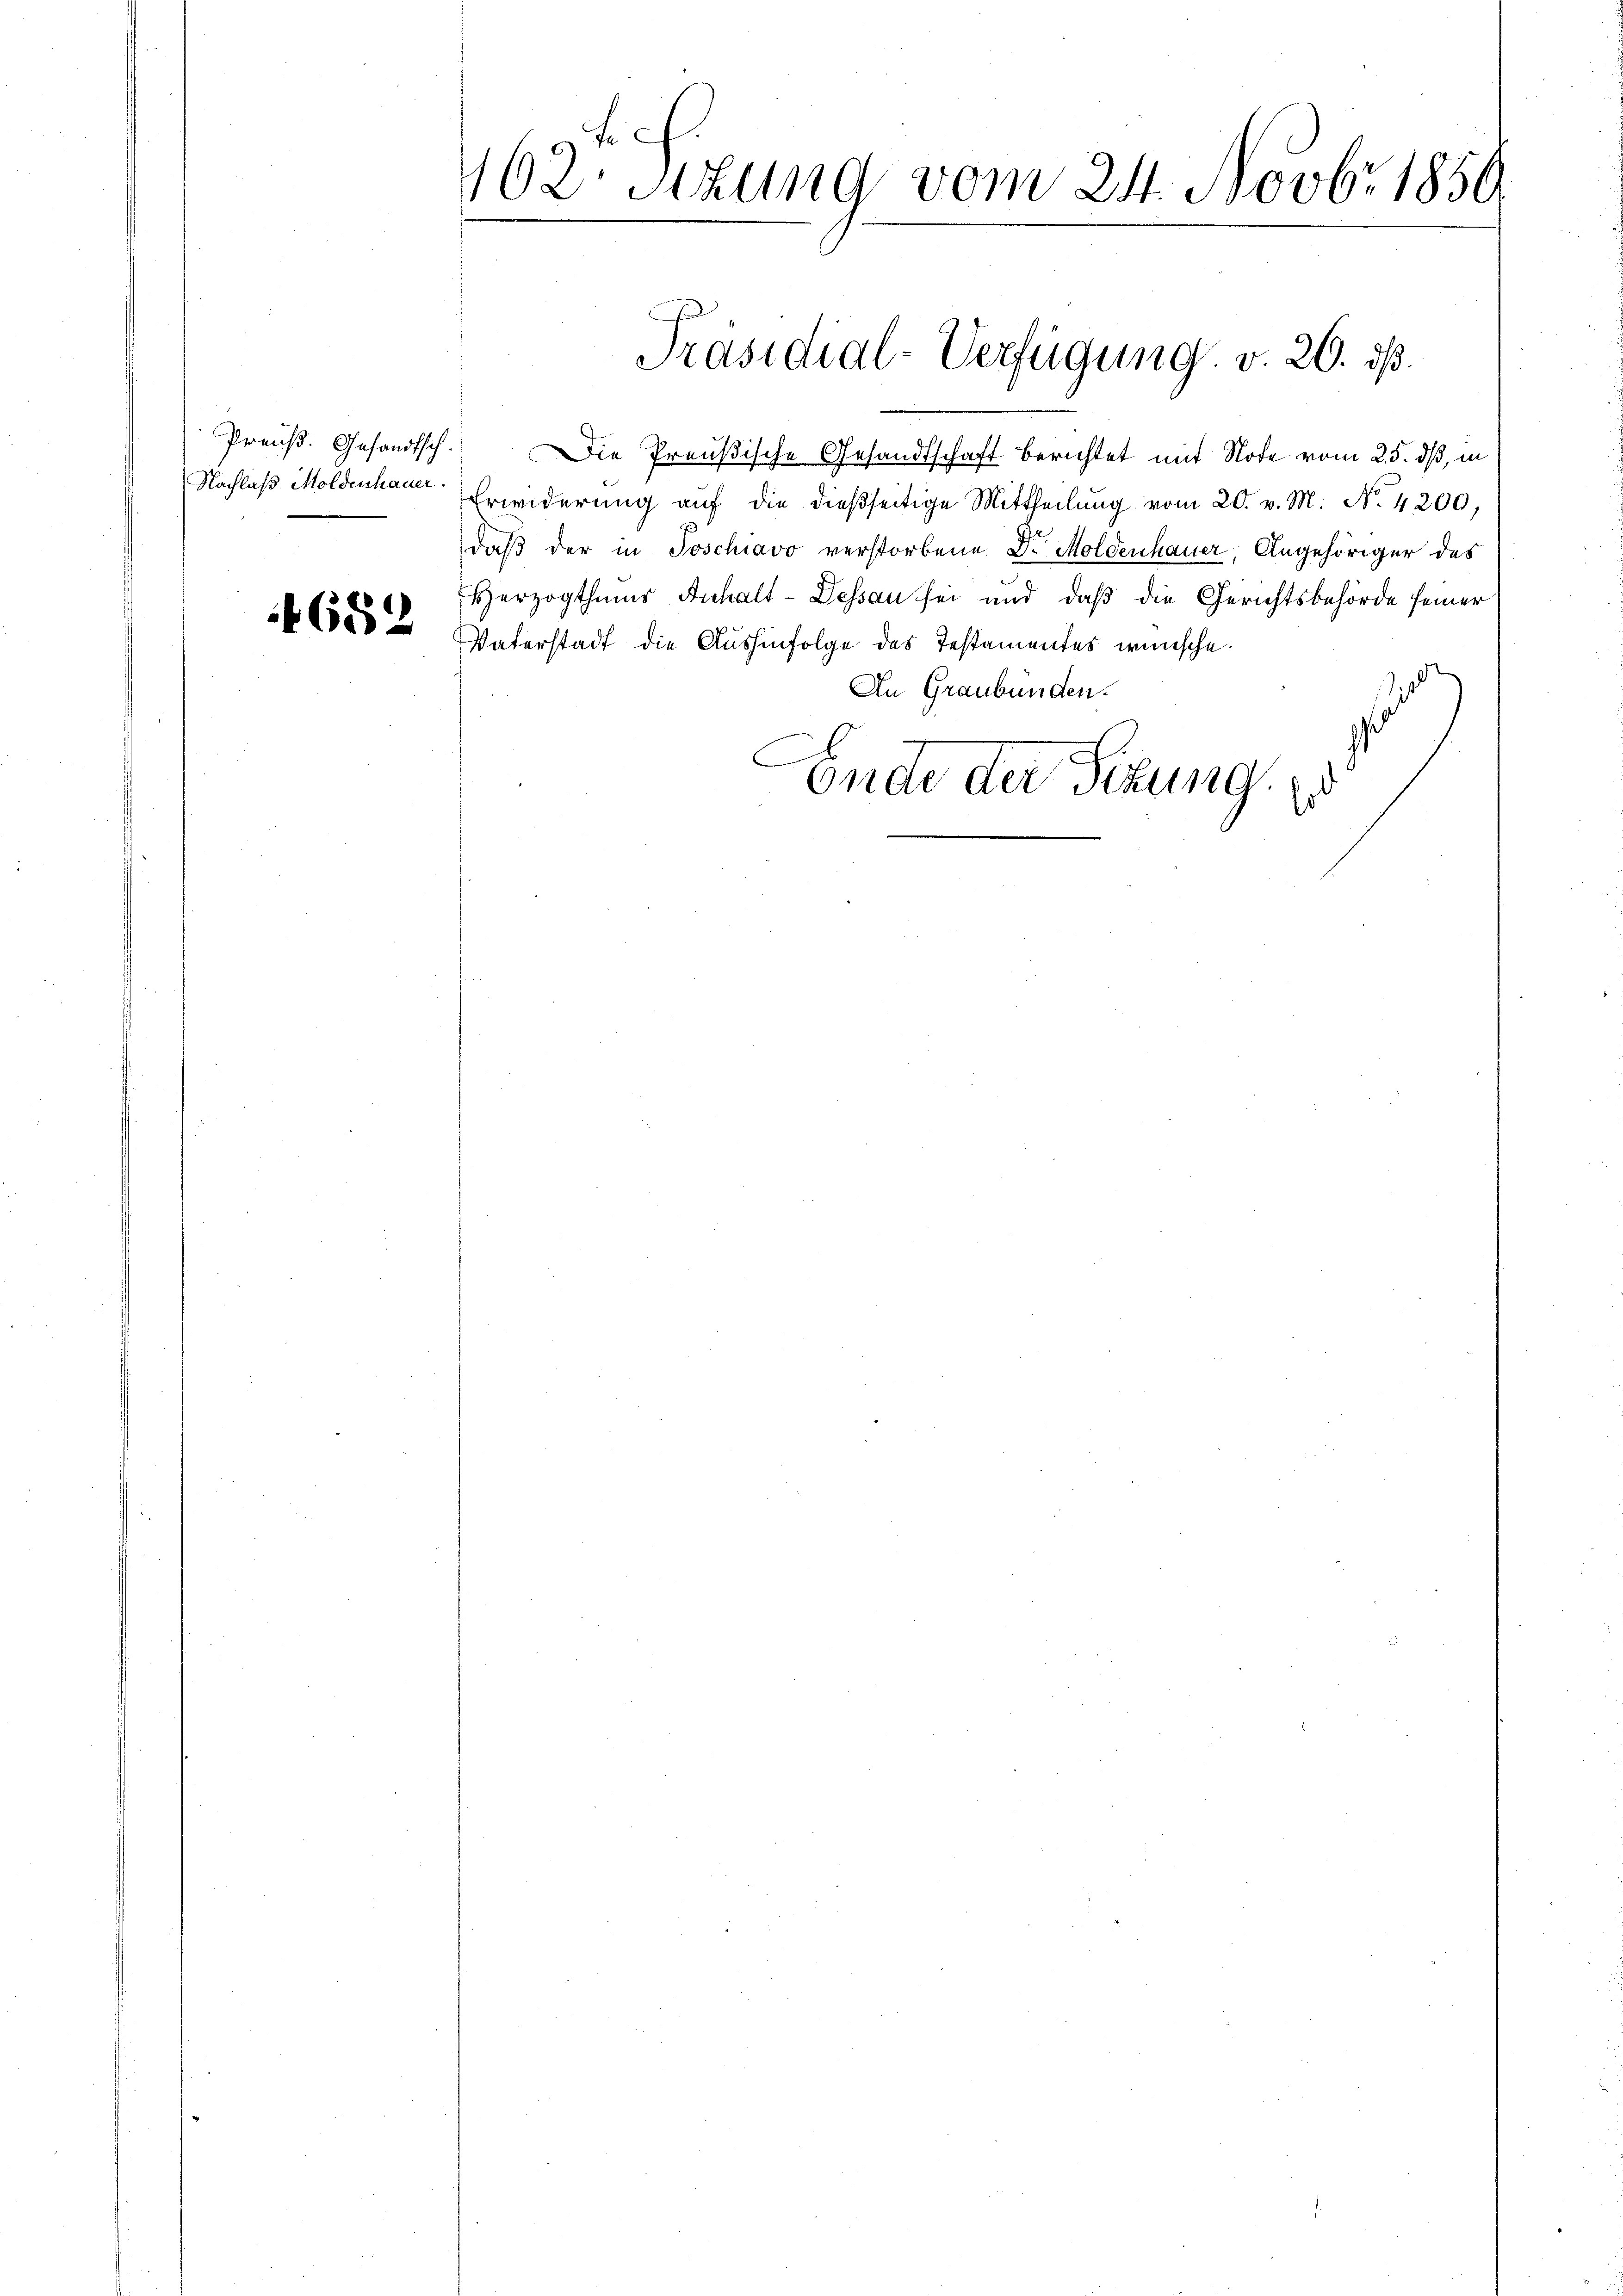
Nachlaß Moldenhauer.

682

162 Sizung vom 24. Novbr. 1850.

Preuß. Gesandtsch. Die Preußische Gesandtschaft berichtet mit Note vom 25. dß, in
Erwiderŭng aŭf die dießseitige Mittheilŭng vom 20. v. M. No. 4200,
daß der in Poschiavo verstorbene Dr. Moldenhauer, Angehöriger des
EHerzogthums Anhalt-Dessau sei und daß die Gerichtsbehörde seiner
Vaterstadt die Aushinfolge des Testamentes wünsche.
An Graubünden.
.
Ende der Situng.
d

Präsidial-Verfügung. v. 20. ds.